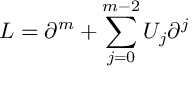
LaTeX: L = \partial ^ { m } + \sum _ { j = 0 } ^ { m - 2 } U _ { j } \partial ^ { j }